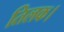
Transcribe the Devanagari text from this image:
तिलक।